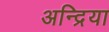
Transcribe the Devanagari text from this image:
अन्द्रिया